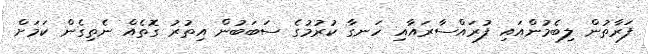
ފަރާތުން ލިބެމުންއައި ފުރައްސާރައާއި ހަނގާ ކުރުމުގެ ސަބަބުން އިތުރު ގޮތެއް ނެތިގެން ކަމަށް